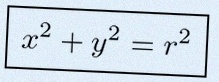
x^2+y^2=r^2